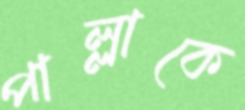
পাল্লাকে